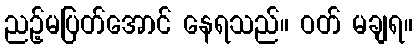
ညဉ့်မပြတ်အောင် နေရသည်။ ဝတ် မချရ။